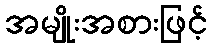
အမျိုးအစားဖြင့်